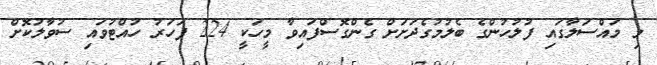
މި މައްސަލާގައި ފުލުހުންގެ ބެލުމުގެދަށަށް ގެންގޮސްފައިވާ މީހަކީ 224 ފަހަރު ހުއްޓުވައި ސުވާލުކޮށް